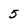
Character: 5